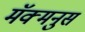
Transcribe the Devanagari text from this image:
मॅक्मनुस